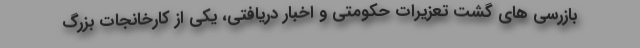
بازرسی های گشت تعزیرات حکومتی و اخبار دریافتی، یکی از کارخانجات بزرگ